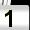
Digit: 1